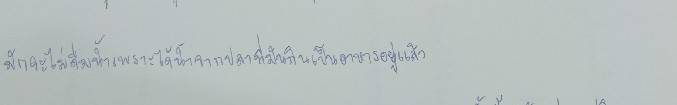
มักจะไม่ดื่มน้ำเพราะได้น้ำจากปลาที่มันกินเป็นอาหารอยู่แล้ว